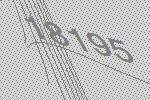
18195